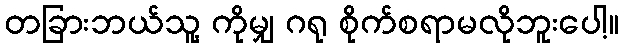
တခြားဘယ်သူ့ ကိုမျှ ဂရု စိုက်စရာမလိုဘူးပေါ့။